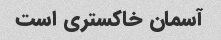
آسمان خاکستری است